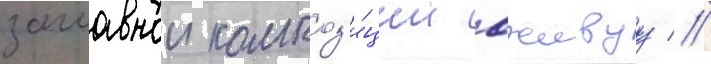
заглавнои композ'и́ции вживуу //